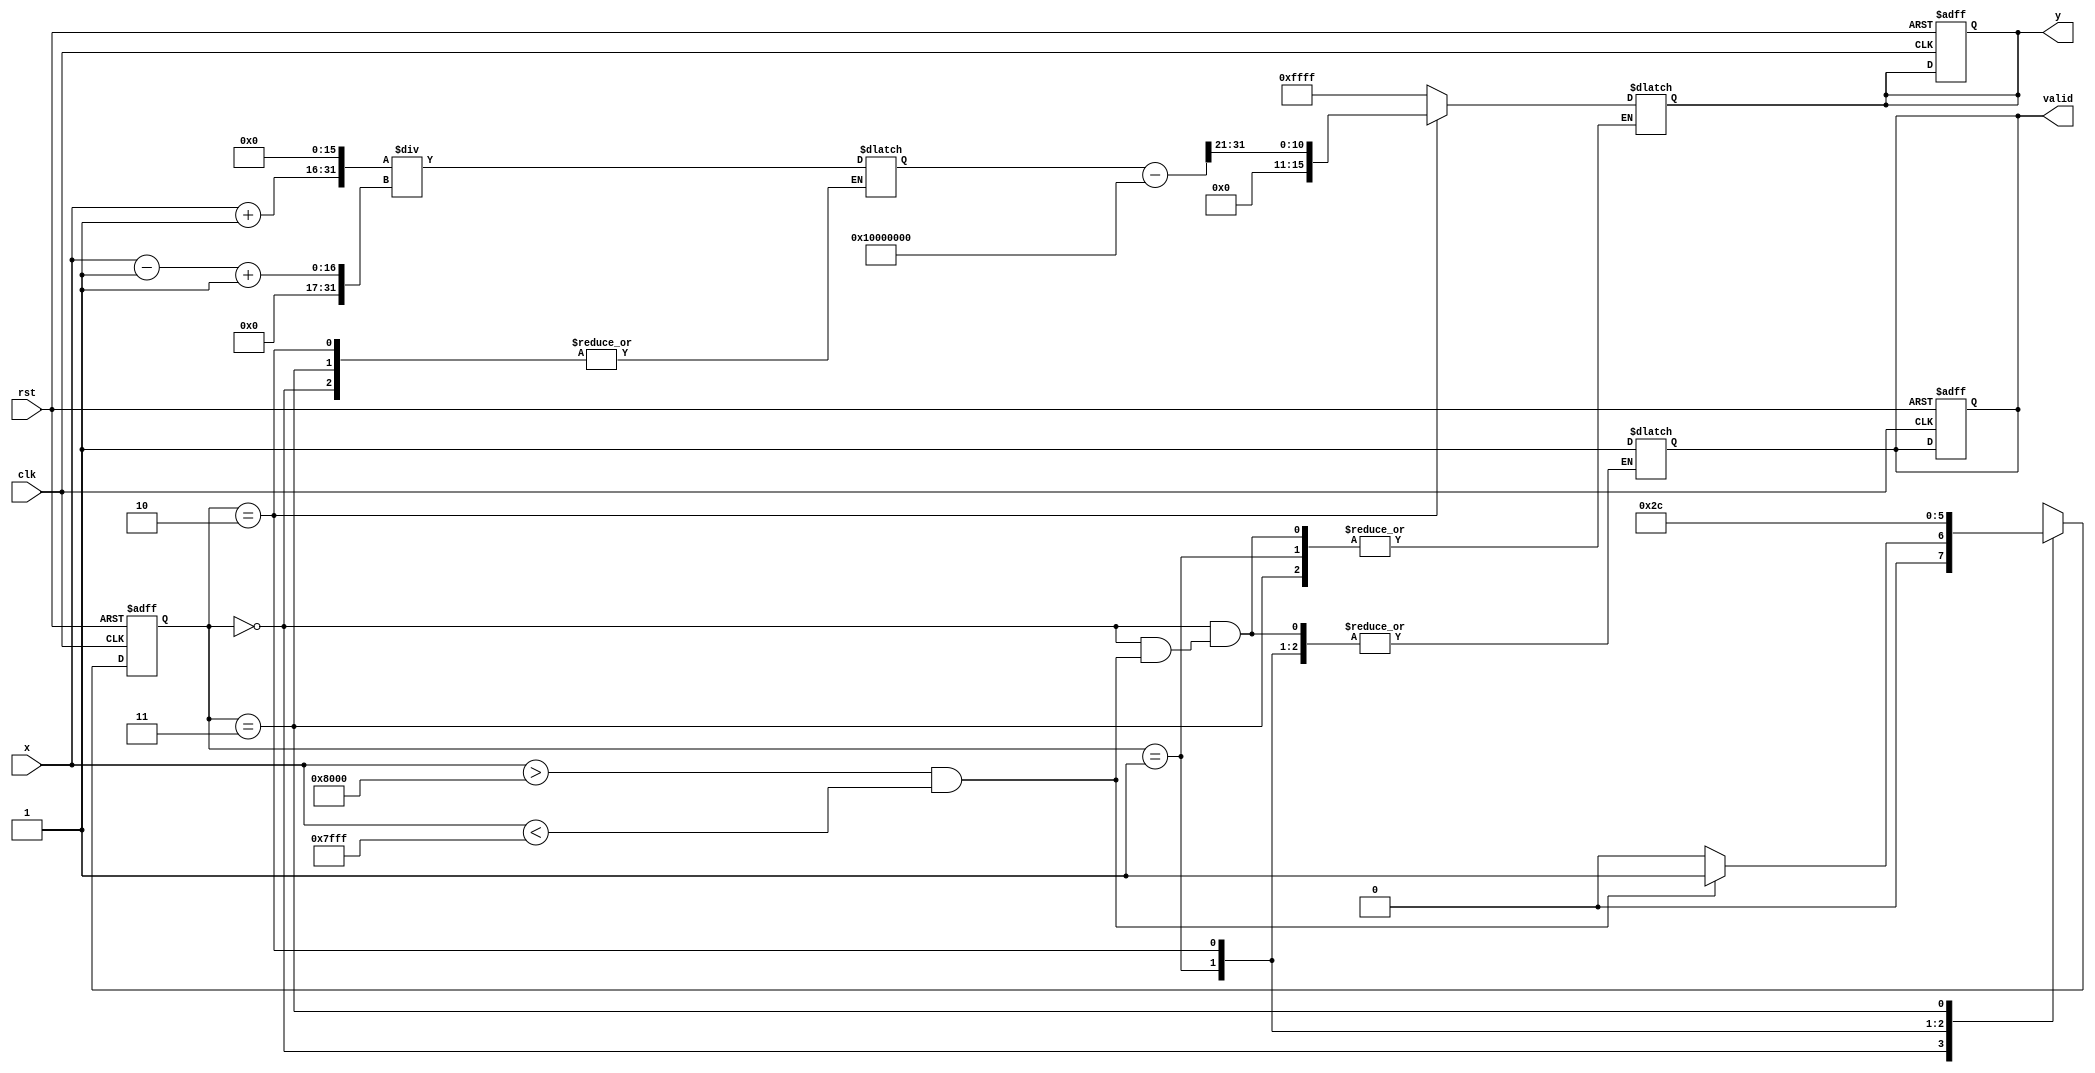
module atanh(
    input wire signed [15:0] x,      // Input signal (fixed-point)
    input wire clk,                   // Clock signal
    input wire rst,                   // Reset signal
    output reg signed [15:0] y,       // Output signal (atanh result)
    output reg valid                  // Output valid signal
);

    // Internal signals
    reg signed [15:0] x_plus_1;
    reg signed [15:0] x_minus_1;
    reg signed [31:0] ratio;          // For (1+x)/(1-x)
    reg signed [31:0] ln_result;      // Logarithm result
    reg [1:0] state;                  // State for FSM
    reg [1:0] next_state;

    // State encoding
    localparam IDLE = 2'b00;
    localparam CHECK_RANGE = 2'b01;
    localparam COMPUTE = 2'b10;
    localparam OUTPUT = 2'b11;

    // Input range check
    wire in_range = (x > -16'h8000) && (x < 16'h7FFF); // Check if x is in (-1, 1)

    // Logarithm approximation (simple polynomial approximation)
    function signed [31:0] log_approx(input signed [31:0] value);
        // Simple polynomial approximation for ln(value)
        // This is a placeholder; a more accurate implementation should be used
        log_approx = (value - 32'h10000000) >> 20; // Approximation for ln(value)
    endfunction

    // FSM for controlling the computation
    always @(posedge clk or posedge rst) begin
        if (rst) begin
            state <= IDLE;
            y <= 0;
            valid <= 0;
        end else begin
            state <= next_state;
        end
    end

    // State machine logic
    always @(*) begin
        next_state = state;
        case (state)
            IDLE: begin
                if (in_range) begin
                    next_state = CHECK_RANGE;
                end else begin
                    y = 16'hFFFF; // Error signal or predefined constant
                    valid = 1;
                    next_state = IDLE;
                end
            end
            CHECK_RANGE: begin
                x_plus_1 = x + 16'h0001; // x + 1
                x_minus_1 = x - 16'h0001; // x - 1
                ratio = (x_plus_1 << 16) / (x_minus_1 + 16'h0001); // (1+x)/(1-x)
                next_state = COMPUTE;
            end
            COMPUTE: begin
                ln_result = log_approx(ratio); // Compute ln((1+x)/(1-x))
                y = ln_result >> 1; // Scale by 1/2
                next_state = OUTPUT;
            end
            OUTPUT: begin
                valid = 1; // Output is valid
                next_state = IDLE; // Go back to IDLE
            end
        endcase
    end

endmodule